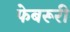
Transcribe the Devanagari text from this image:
फेबरूरी